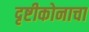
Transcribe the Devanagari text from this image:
दृष्टीकोनाचा